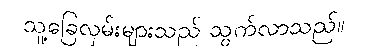
သူ့ခြေလှမ်းများသည် သွက်လာသည်။